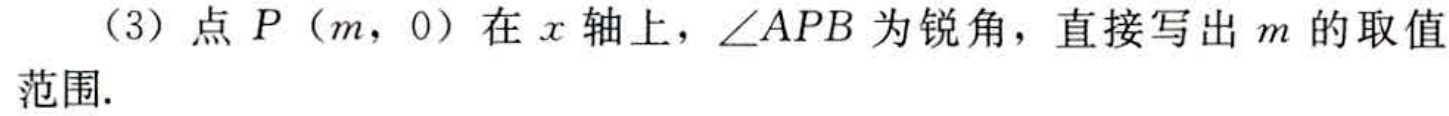
（3）点\(P(m,0)\)在\(x\)轴上，\(\angle APB\)为锐角，直接写出\(m\)的取值范围.